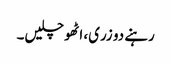
رہنے دو زری، اٹھو چلیں۔